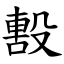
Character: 毄